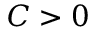
C > 0